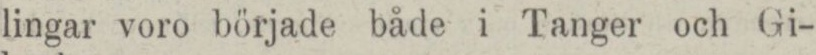
lingar voro började både i Tanger och Gi-